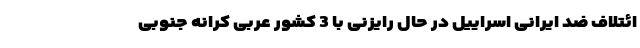
ائتلاف ضد ایرانی اسراییل در حال رایزنی با 3 کشور عربی کرانه جنوبی